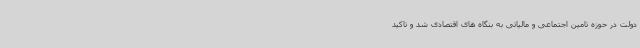
دولت در حوزه تامین اجتماعی و مالیاتی به بنگاه های اقتصادی شد و تاکید